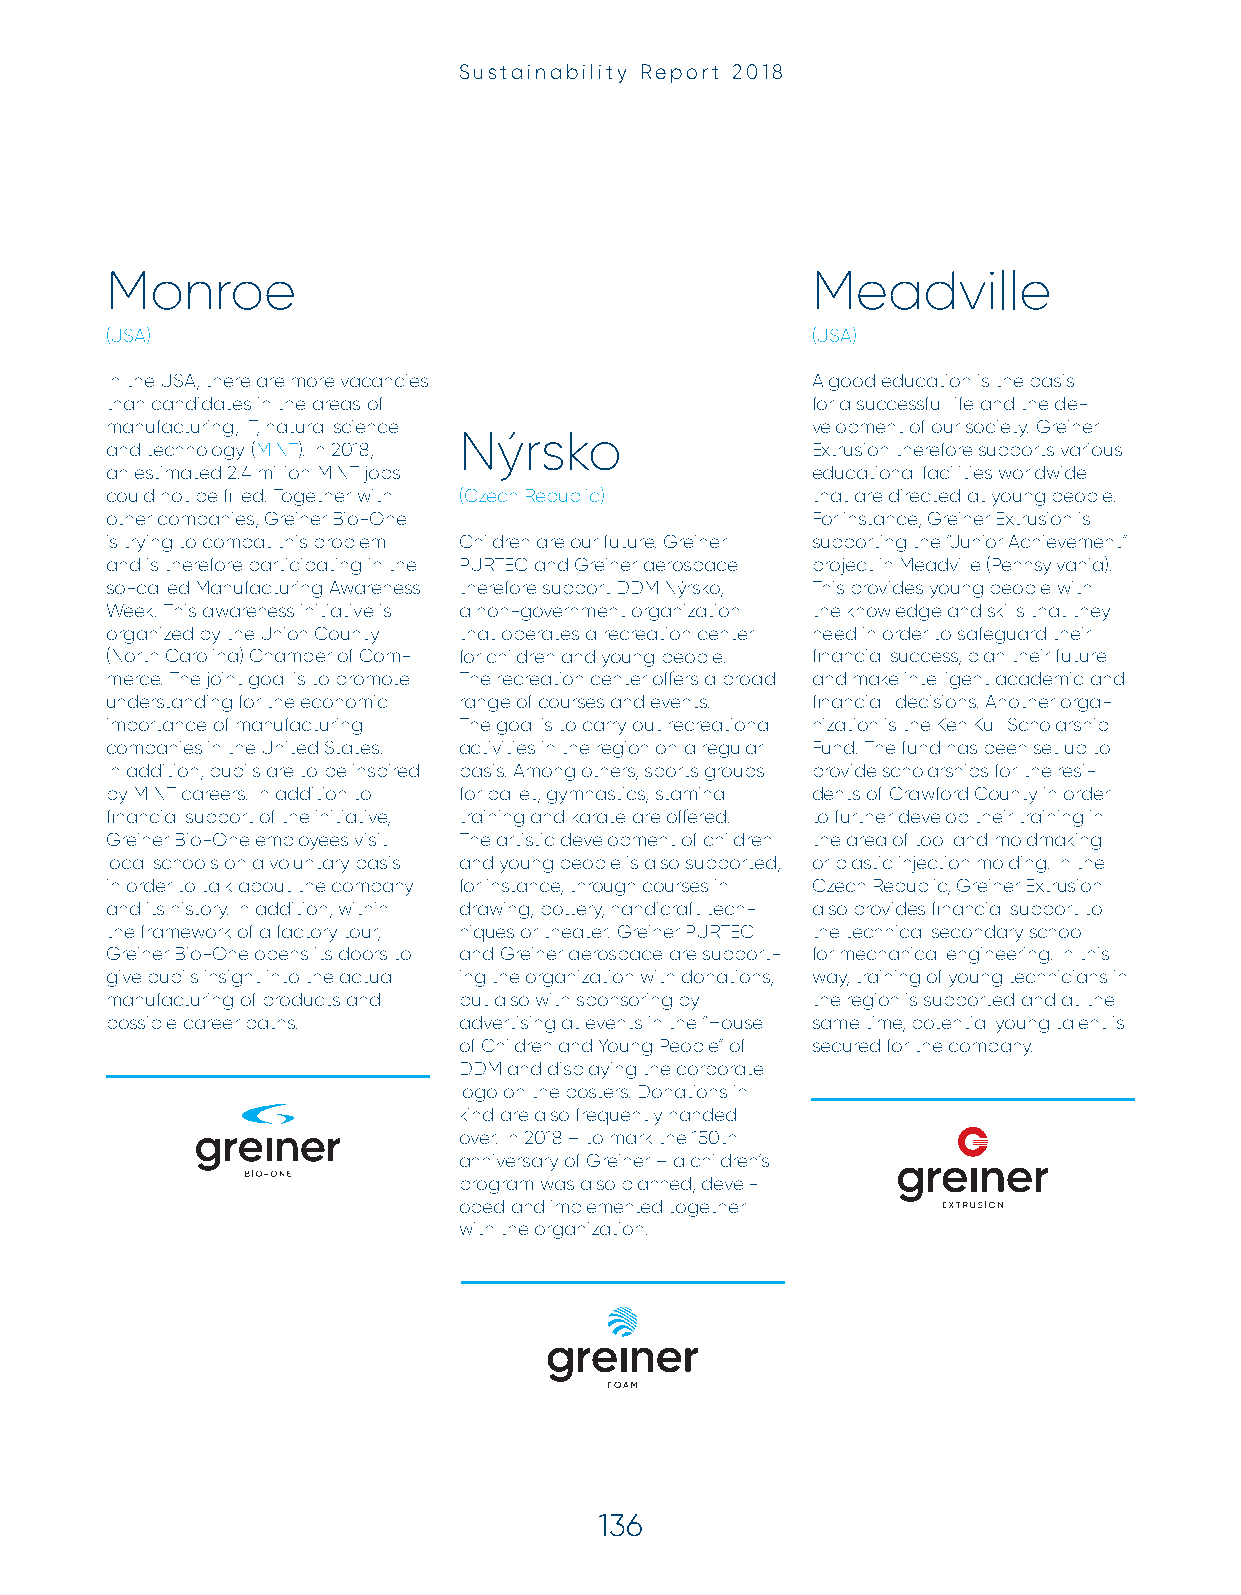
Sustainability Report 2018
 Monroe                                         Meadville
 (USA)                                          (USA)
 In the USA, there are more vacancies           A good education is the basis
 than candidates in the areas of                for a successful life and the de-
 manufacturing, IT, natural science             velopment of our society. Greiner
 Nýrsko
 and technology (MINT). In 2018,                Extrusion therefore supports various
 an estimated 2.4 million MINT jobs             educational facilities worldwide
 could not be fi lled. Together with (Czech Republic) that are directed at young people.
 other companies, Greiner Bio-One               For instance, Greiner Extrusion is
 is trying to combat this problem Children are our future. Greiner supporting the “Junior Achievement”
 and is therefore participating in the PURTEC and Greiner aerospace project in Meadville (Pennsylvania).
 so-called Manufacturing Awareness therefore support DDM Nýrsko, This provides young people with
 Week. This awareness initiative is a non-government organization the knowledge and skills that they
 organized by the Union County that operates a recreation center need in order to safeguard their
 (North Carolina) Chamber of Com- for children and young people. fi nancial success, plan their future
 merce. The joint goal is to promote The recreation center off ers a broad and make intelligent academic and
 understanding for the economic range of courses and events. fi nancial decisions. Another orga-
 importance of manufacturing The goal is to carry out recreational nization is the Ken Kull Scholarship
 companies in the United States. activities in the region on a regular Fund. The fund has been set up to
 In addition, pupils are to be inspired basis. Among others, sports groups provide scholarships for the resi-
 by MINT careers. In addition to for ballet, gymnastics, stamina dents of Crawford County in order
 fi nancial support of the initiative, training and karate are off ered. to further develop their training in
 Greiner Bio-One employees visit The artistic development of children the area of tool and moldmaking
 local schools on a voluntary basis and young people is also supported, or plastic injection molding. In the
 in order to talk about the company for instance, through courses in Czech Republic, Greiner Extrusion
 and its history. In addition, within drawing, pottery, handicraft tech- also provides fi nancial support to
 the framework of a factory tour, niques or theater. Greiner PURTEC the technical secondary school
 Greiner Bio-One opens its doors to and Greiner aerospace are support- for mechanical engineering. In this
 give pupils insight into the actual ing the organization with donations, way, training of young technicians in
 manufacturing of products and but also with sponsoring by the region is supported and at the
 possible career paths. advertising at events in the “House same time, potential young talent is
 of Children and Young People” of secured for the company.
 DDM and displaying the corporate
 logo on the posters. Donations in
 kind are also frequently handed
 over. In 2018 – to mark the 150th
 anniversary of Greiner – a children’s
 program was also planned, devel-
 oped and implemented together
 with the organization.
 136